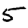
Digit: 5